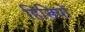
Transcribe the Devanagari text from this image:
हिसियों